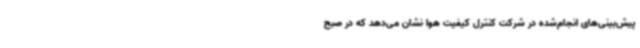
پیش‌بینی‌های انجام‌شده در شرکت کنترل کیفیت هوا نشان می‌دهد که در صبح